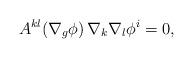
LaTeX: \begin{align*}A^{kl}(\nabla_g \phi)\,\nabla_k \nabla_l \phi^i = 0,\end{align*}